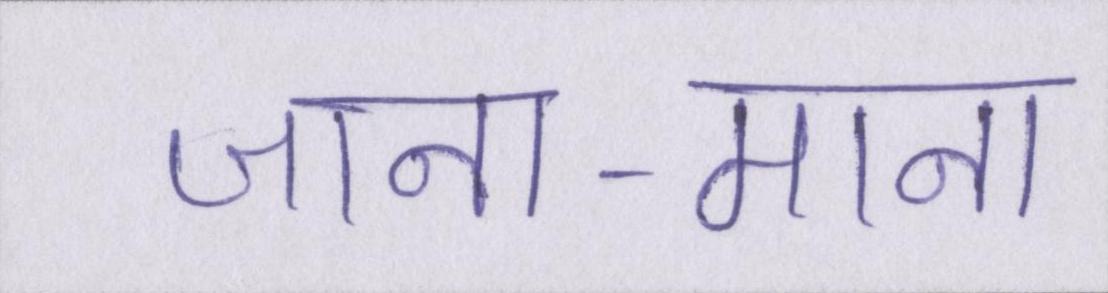
जाना-माना